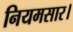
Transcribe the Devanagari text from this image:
नियमसार।